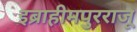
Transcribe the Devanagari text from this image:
इब्राहीमपुरराजू